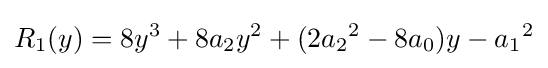
R_{1}(y)=8y^{3}+8a_{2}y^{2}+(2{a_{2}}^{2}-8a_{0})y-{a_{1}}^{2}